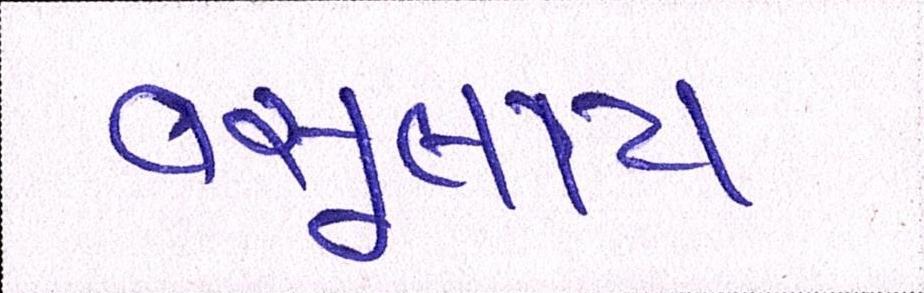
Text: વસૂલાય